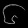
Digit: ၆